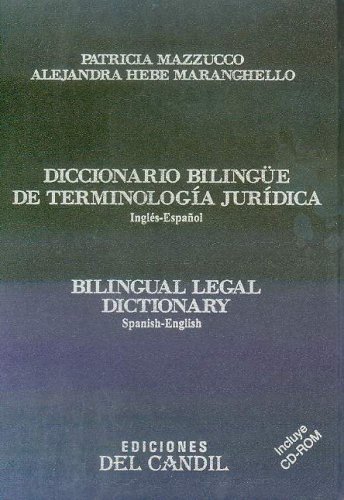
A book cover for Diccionario Bilingue De Terminologia Juridica (Ingles-EspaÃ±ol & Spanish-English); Patricia Mazzucco; Law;